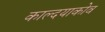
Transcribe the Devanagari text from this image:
काल्दयाकोव